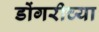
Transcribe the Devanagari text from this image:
डोंगरीच्या